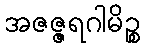
အဇဇ္ဇရဂါမိဉ္စ